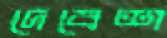
দেবেশ